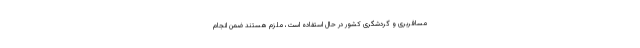
مسافربری و گردشگری کشور در حال استفاده است، ملزم هستند ضمن انجام